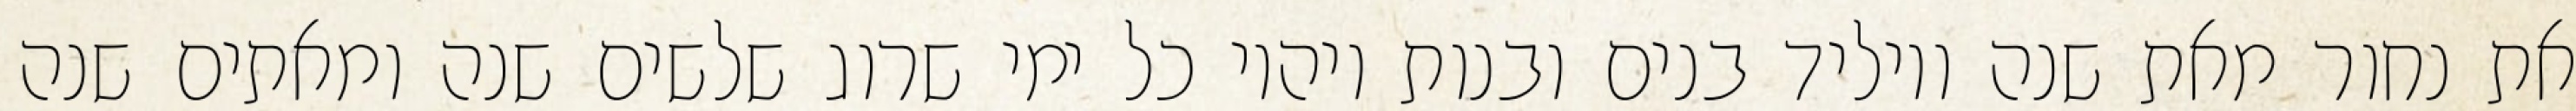
את נחור מאת שנה ויוליד בנים ובנות ויהיו כל ימי שרוג שלשים שנה ומאתים שנה